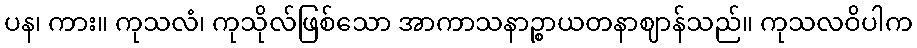
ပန၊ ကား။ ကုသလံ၊ ကုသိုလ်ဖြစ်သော အာကာသနာဉ္စာယတနာဈာန်သည်။ ကုသလဝိပါက